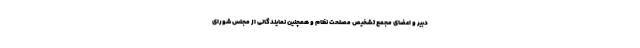
دبیر و اعضای مجمع تشخیص مصلحت نظام و همچنین نمایندگانی از مجلس شورای